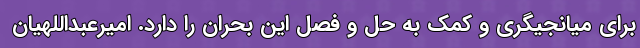
برای میانجیگری و کمک به حل و فصل این‌ بحران را دارد. امیرعبداللهیان